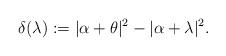
LaTeX: \begin{align*}\delta(\lambda) := |\alpha + \theta|^2 - |\alpha + \lambda|^2.\end{align*}